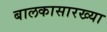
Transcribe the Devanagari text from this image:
बालकासारख्या